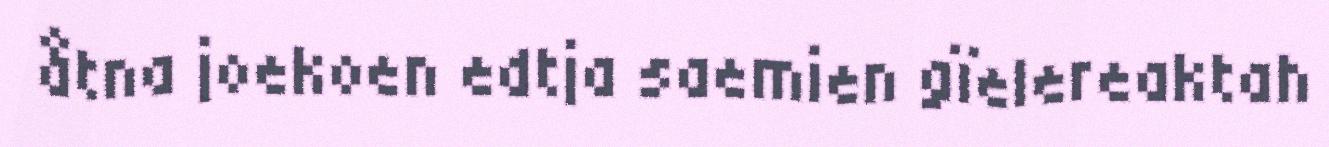
åtna joekoen edtja saemien gïelereaktah